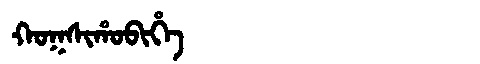
Manchu: ᡴᠣᡴᠰᡳᡥᠣᠪᡳᡥᡝ
Romanization: KOKSIHOBIHE